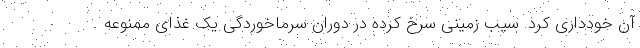
آن خودداری کرد. سیب زمینی سرخ کرده در دوران سرماخوردگی یک غذای ممنوعه